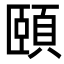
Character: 頤